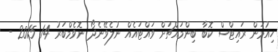
ހިއުމަން ރައިޓްސް ކޮބާ ބިންމައްޗަށް ވައްޓައެއް ނުލެވޭނެދޯ ނޮވެމްބަރު 14